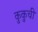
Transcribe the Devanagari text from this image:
कुकुची